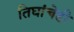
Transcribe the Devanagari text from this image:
तिघांचेही